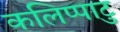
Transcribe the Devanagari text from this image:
कलिप्पाटु